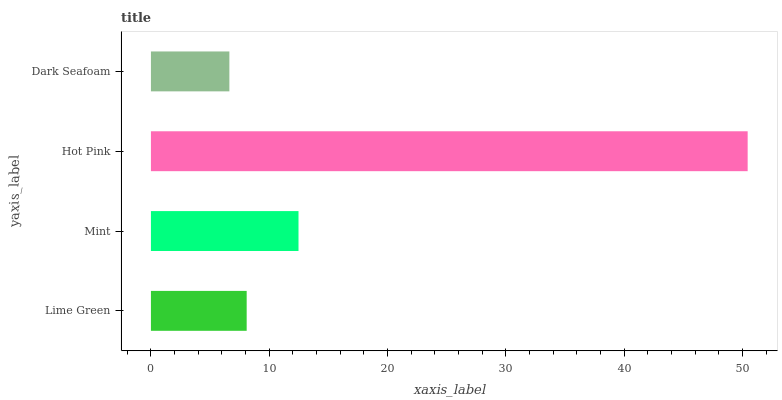
| yaxis_label | bars |
 | --- | --- |
 | Lime Green | 8.09 |
 | Mint | 12.5 |
 | Hot Pink | 50.4 |
 | Dark Seafoam | 6.63 |